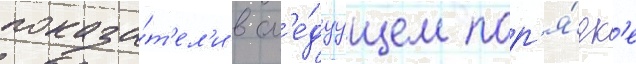
показа́т'ел'и в сл'е́дуущем пор'я́дк'е